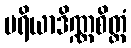
ပရိယာဒိဏ္ဏစိတ္တံ